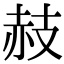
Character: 𧹛